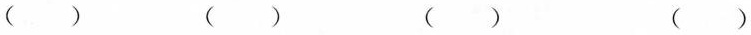
( ) ( ) ( ) ( )